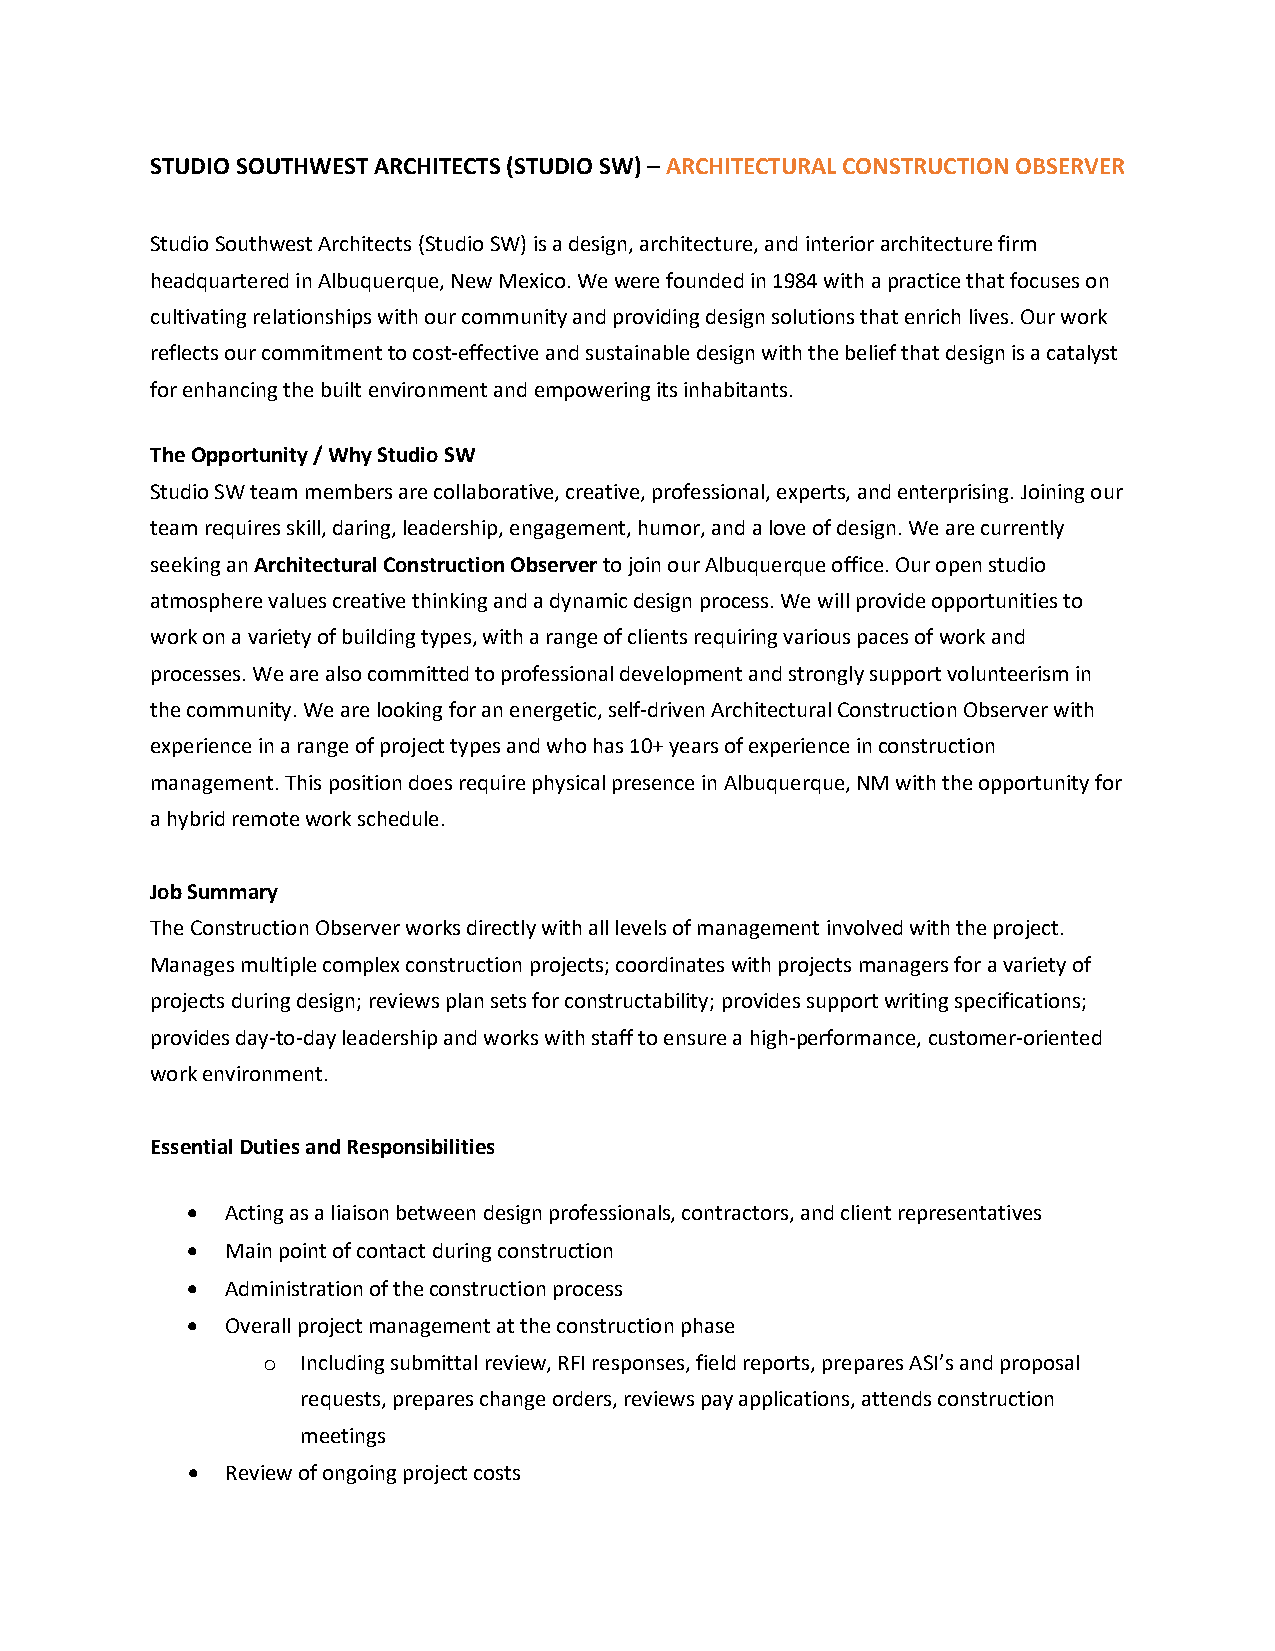
STUDIO SOUTHWEST ARCHITECTS (STUDIO SW) – ARCHITECTURAL CONSTRUCTION OBSERVER
 Studio Southwest Architects (Studio SW) is a design, architecture, and interior architecture firm
 headquartered in Albuquerque, New Mexico. We were founded in 1984 with a practice that focuses on
 cultivating relationships with our community and providing design solutions that enrich lives. Our work
 reflects our commitment to cost-effective and sustainable design with the belief that design is a catalyst
 for enhancing the built environment and empowering its inhabitants.
 The Opportunity / Why Studio SW
 Studio SW team members are collaborative, creative, professional, experts, and enterprising. Joining our
 team requires skill, daring, leadership, engagement, humor, and a love of design. We are currently
 seeking an Architectural Construction Observer to join our Albuquerque office. Our open studio
 atmosphere values creative thinking and a dynamic design process. We will provide opportunities to
 work on a variety of building types, with a range of clients requiring various paces of work and
 processes. We are also committed to professional development and strongly support volunteerism in
 the community. We are looking for an energetic, self-driven Architectural Construction Observer with
 experience in a range of project types and who has 10+ years of experience in construction
 management. This position does require physical presence in Albuquerque, NM with the opportunity for
 a hybrid remote work schedule.
 Job Summary
 The Construction Observer works directly with all levels of management involved with the project.
 Manages multiple complex construction projects; coordinates with projects managers for a variety of
 projects during design; reviews plan sets for constructability; provides support writing specifications;
 provides day-to-day leadership and works with staff to ensure a high-performance, customer-oriented
 work environment.
 Essential Duties and Responsibilities
 •  Acting as a liaison between design professionals, contractors, and client representatives
 •  Main point of contact during construction
 •  Administration of the construction process
 •  Overall project management at the construction phase
 Including submittal review, RFI responses, field reports, prepares ASI’s and proposal
 o
 requests, prepares change orders, reviews pay applications, attends construction
 meetings
 •  Review of ongoing project costs